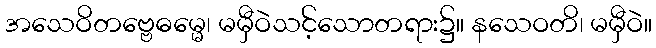
အသေဝိတဗ္ဗေဓမ္မေ၊ မမှီဝဲသင့်သောတရား၌။ နသေဝတိ၊ မမှီဝဲ။